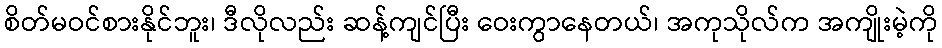
စိတ်မဝင်စားနိုင်ဘူး၊ ဒီလိုလည်း ဆန့်ကျင်ပြီး ဝေးကွာနေတယ်၊ အကုသိုလ်က အကျိုးမဲ့ကို